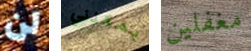
لن يمكنني مغفلين